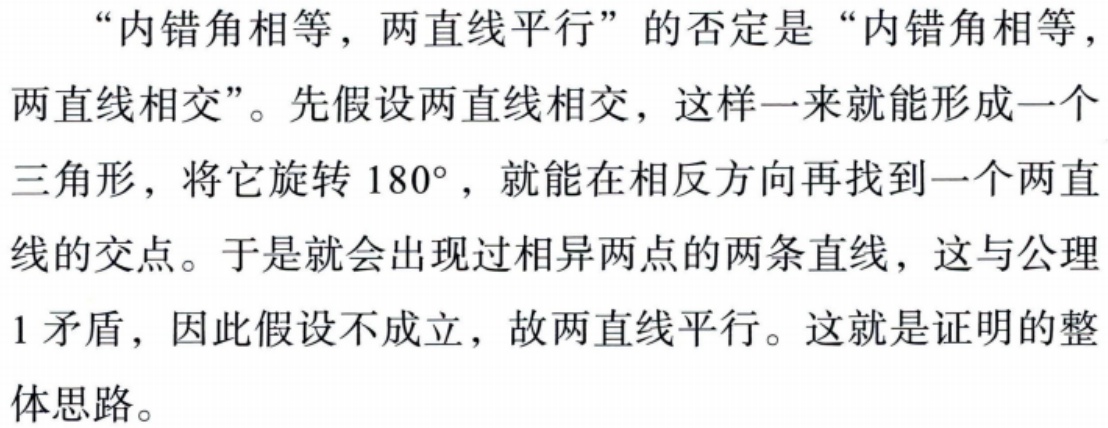
“内错角相等，两直线平行”的否定是“内错角相等，
两直线相交”。先假设两直线相交，这样一来就能形成一个
三角形，将它旋转 \(180^{\circ}\)，就能在相反方向再找到一个两直
线的交点。于是就会出现过相异两点的两条直线，这与公理
1 矛盾，因此假设不成立，故两直线平行。这就是证明的整
体思路。